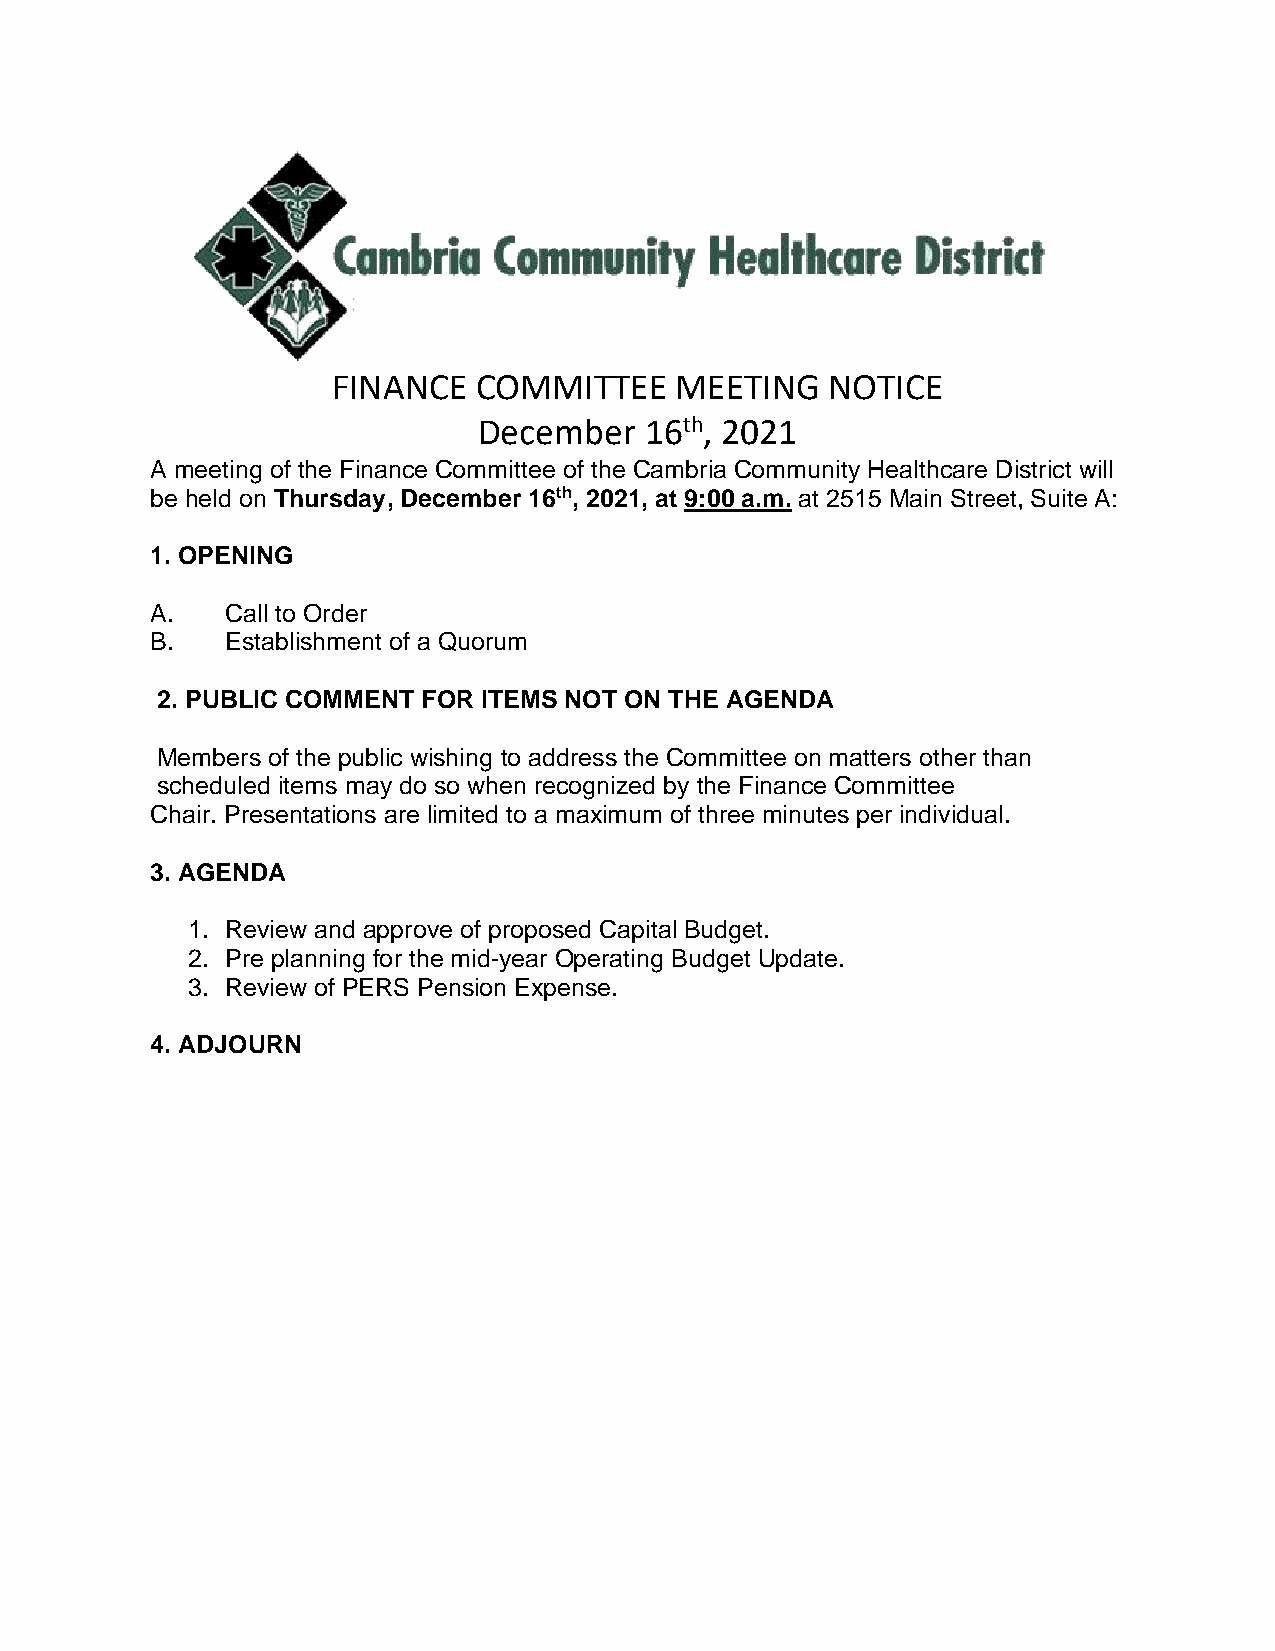
FINANCE  COMMITTEE     MEETING   NOTICE
 December   16th, 2021
 A meeting of the Finance Committee of the Cambria Community Healthcare District will
 be held on Thursday, December 16th, 2021, at 9:00 a.m. at 2515 Main Street, Suite A:
 1. OPENING
 A.   Call to Order
 B.   Establishment of a Quorum
 2. PUBLIC COMMENT FOR ITEMS NOT ON THE AGENDA
 Members of the public wishing to address the Committee on matters other than
 scheduled items may do so when recognized by the Finance Committee
 Chair. Presentations are limited to a maximum of three minutes per individual.
 3. AGENDA
 1. Review and approve of proposed Capital Budget.
 2. Pre planning for the mid-year Operating Budget Update.
 3. Review of PERS Pension Expense.
 4. ADJOURN